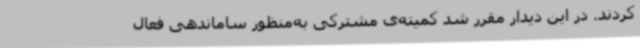
کردند. در این دیدار مقرر شد کمیته‌ی مشترکی به‌منظور ساماندهی فعال